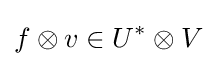
f\otimes v\in U^{*}\otimes V